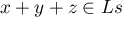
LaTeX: x + y + z \in L s